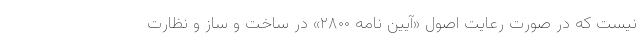
نیست که در صورت رعایت اصول «آیین نامه ۲۸۰۰» در ساخت و ساز و نظارت